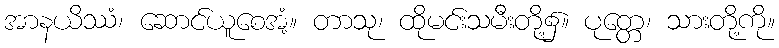
အာနယိဿံ၊ ဆောင်ယူစေအံ့။ တာသု၊ ထိုမင်းသမီးတို့၌။ ပုတ္တေ၊ သားတို့ကို။